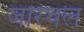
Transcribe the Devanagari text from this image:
जारथल